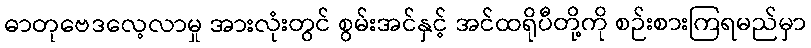
ဓာတုဗေဒလေ့လာမှု အားလုံးတွင် စွမ်းအင်နှင့် အင်ထရိုပီတို့ကို စဉ်းစားကြရမည်မှာ